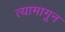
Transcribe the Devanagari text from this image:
त्यामागून